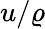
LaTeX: u/\varrho